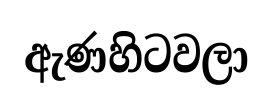
ඇණහිටවලා